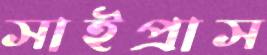
সাইপ্রাস